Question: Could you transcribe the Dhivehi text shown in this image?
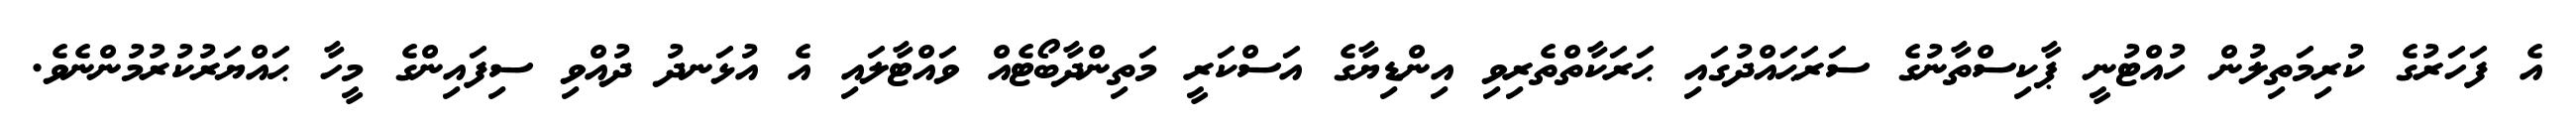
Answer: އެ ފަހަރުގެ ކުރިމަތިލުން ހުއްޓުނީ ޕާކިސްތާނުގެ ސަރަޙައްދުގައި ޙަރަކާތްތެރިވި އިންޑިޔާގެ އަސްކަރީ މަތިންދާބޯޓެއް ވައްޓާލައި އެ އުޅަނދު ދުއްވި ސިފައިންގެ މީހާ ޙައްޔަރުކުރުމުންނެވެ.